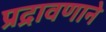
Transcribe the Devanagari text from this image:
प्रद्रावणाने